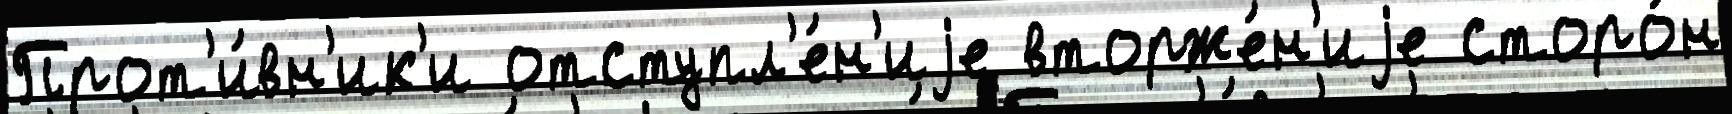
Прот'и́вн'ик'и отступл'е́н'иjе вторже́н'иjе сторо́н